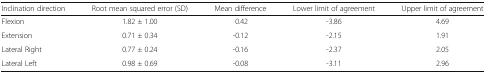
<table><thead><tr><td><b>Inclination direction</b></td><td><b>Root mean squared error (SD)</b></td><td><b>Mean difference</b></td><td><b>Lower limit of agreement</b></td><td><b>Upper limit of agreement</b></td></tr></thead><tbody><tr><td>Flexion</td><td>1.82 ± 1.00</td><td>0.42</td><td>-3.86</td><td>4.69</td></tr><tr><td>Extension</td><td>0.71 ± 0.34</td><td>-0.12</td><td>-2.15</td><td>1.91</td></tr><tr><td>Lateral Right</td><td>0.77 ± 0.24</td><td>-0.16</td><td>-2.37</td><td>2.05</td></tr><tr><td>Lateral Left</td><td>0.98 ± 0.69</td><td>-0.08</td><td>-3.11</td><td>2.96</td></tr></tbody></table>